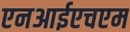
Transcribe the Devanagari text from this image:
एनआईएचएम